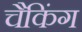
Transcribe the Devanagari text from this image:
चैकिंग